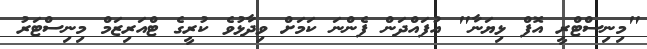
"މިިނިސްޓްރީ އޮފް ޅިޔަނާ" އުފައްދަން ފެންނަ ކަމަށް ވިދާޅުވެ ކުރީގެ ޓްއަރިޒަމް މިނިސްޓަރު